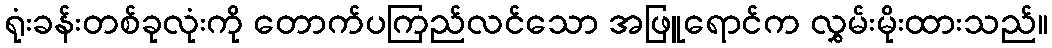
ရုံးခန်းတစ်ခုလုံးကို တောက်ပကြည်လင်သော အဖြူရောင်က လွှမ်းမိုးထားသည်။